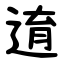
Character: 逳